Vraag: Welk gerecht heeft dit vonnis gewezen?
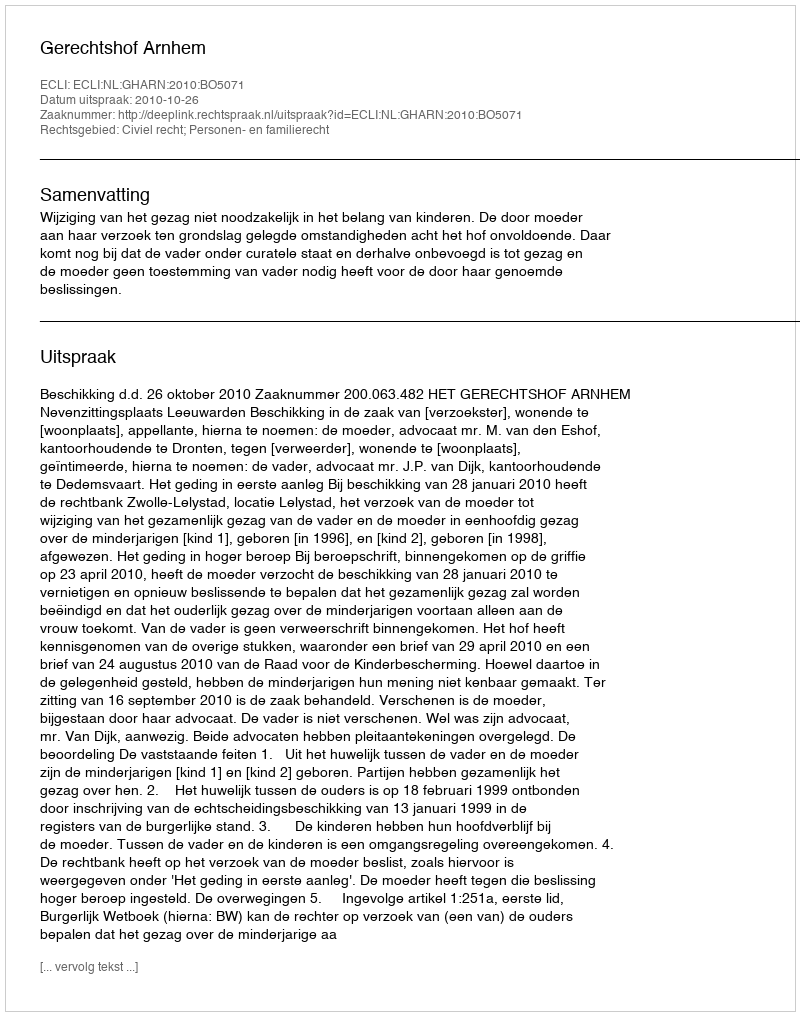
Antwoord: Gerechtshof Arnhem